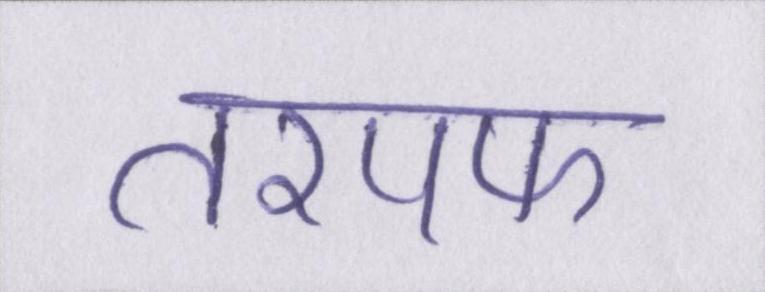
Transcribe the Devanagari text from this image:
तरपफ